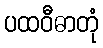
ပထဝီဓာတုံ